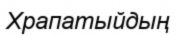
Храпатыйдың